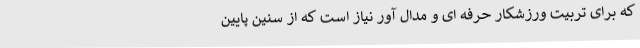
که برای تربیت ورزشکار حرفه ای و مدال آور نیاز است که از سنین پایین